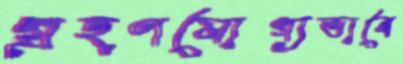
গ্রহণযোগ্যভাবে